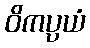
ဝိကပ္ပယံ